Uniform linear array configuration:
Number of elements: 8
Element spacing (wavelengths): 1
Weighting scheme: kaiser
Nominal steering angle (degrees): -45
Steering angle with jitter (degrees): -43.74
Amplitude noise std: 0.05
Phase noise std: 0.05

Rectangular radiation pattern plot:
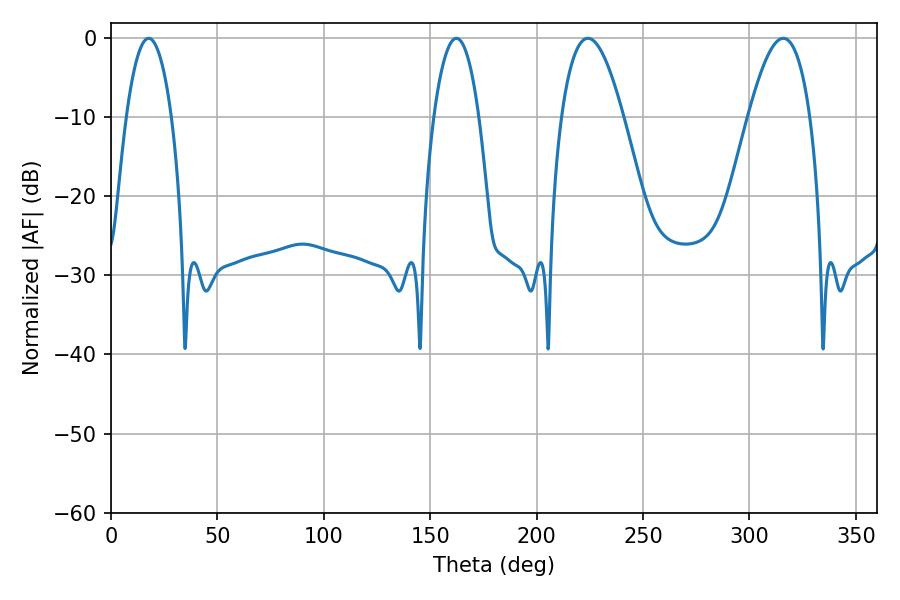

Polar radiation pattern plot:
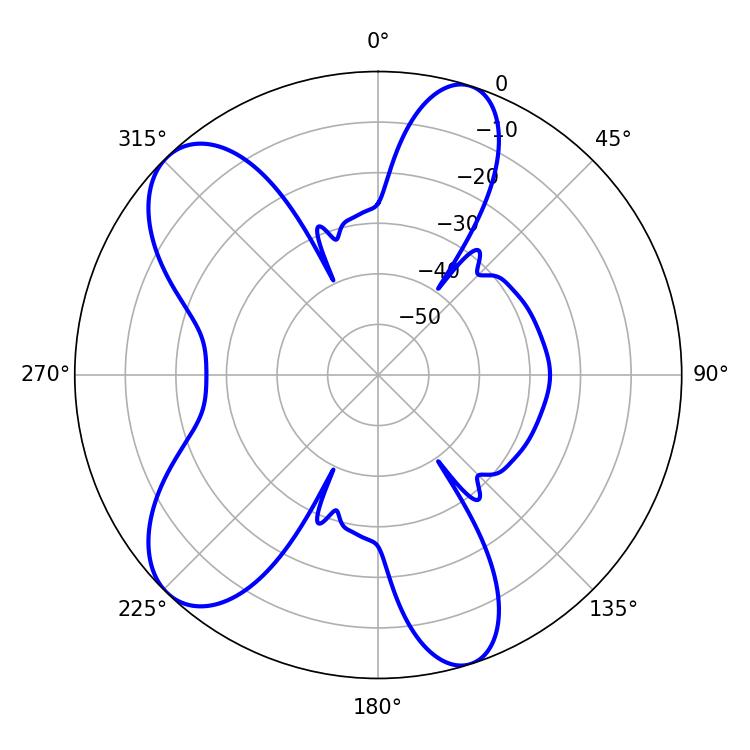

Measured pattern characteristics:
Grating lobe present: TRUE
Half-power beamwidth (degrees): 16.02
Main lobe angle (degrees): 224.1